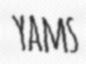
YAMS